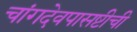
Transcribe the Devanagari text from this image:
चांगदेवपासष्टीची